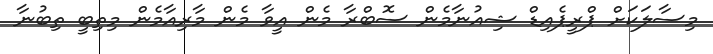
މިސާލަކަށް ޕްރީޕެއިޑް ޝިއުނާމެން ސޮބްރާ މެން އީވާ މެން މާރިއާމެން މިތިބީ ތިބުނާ